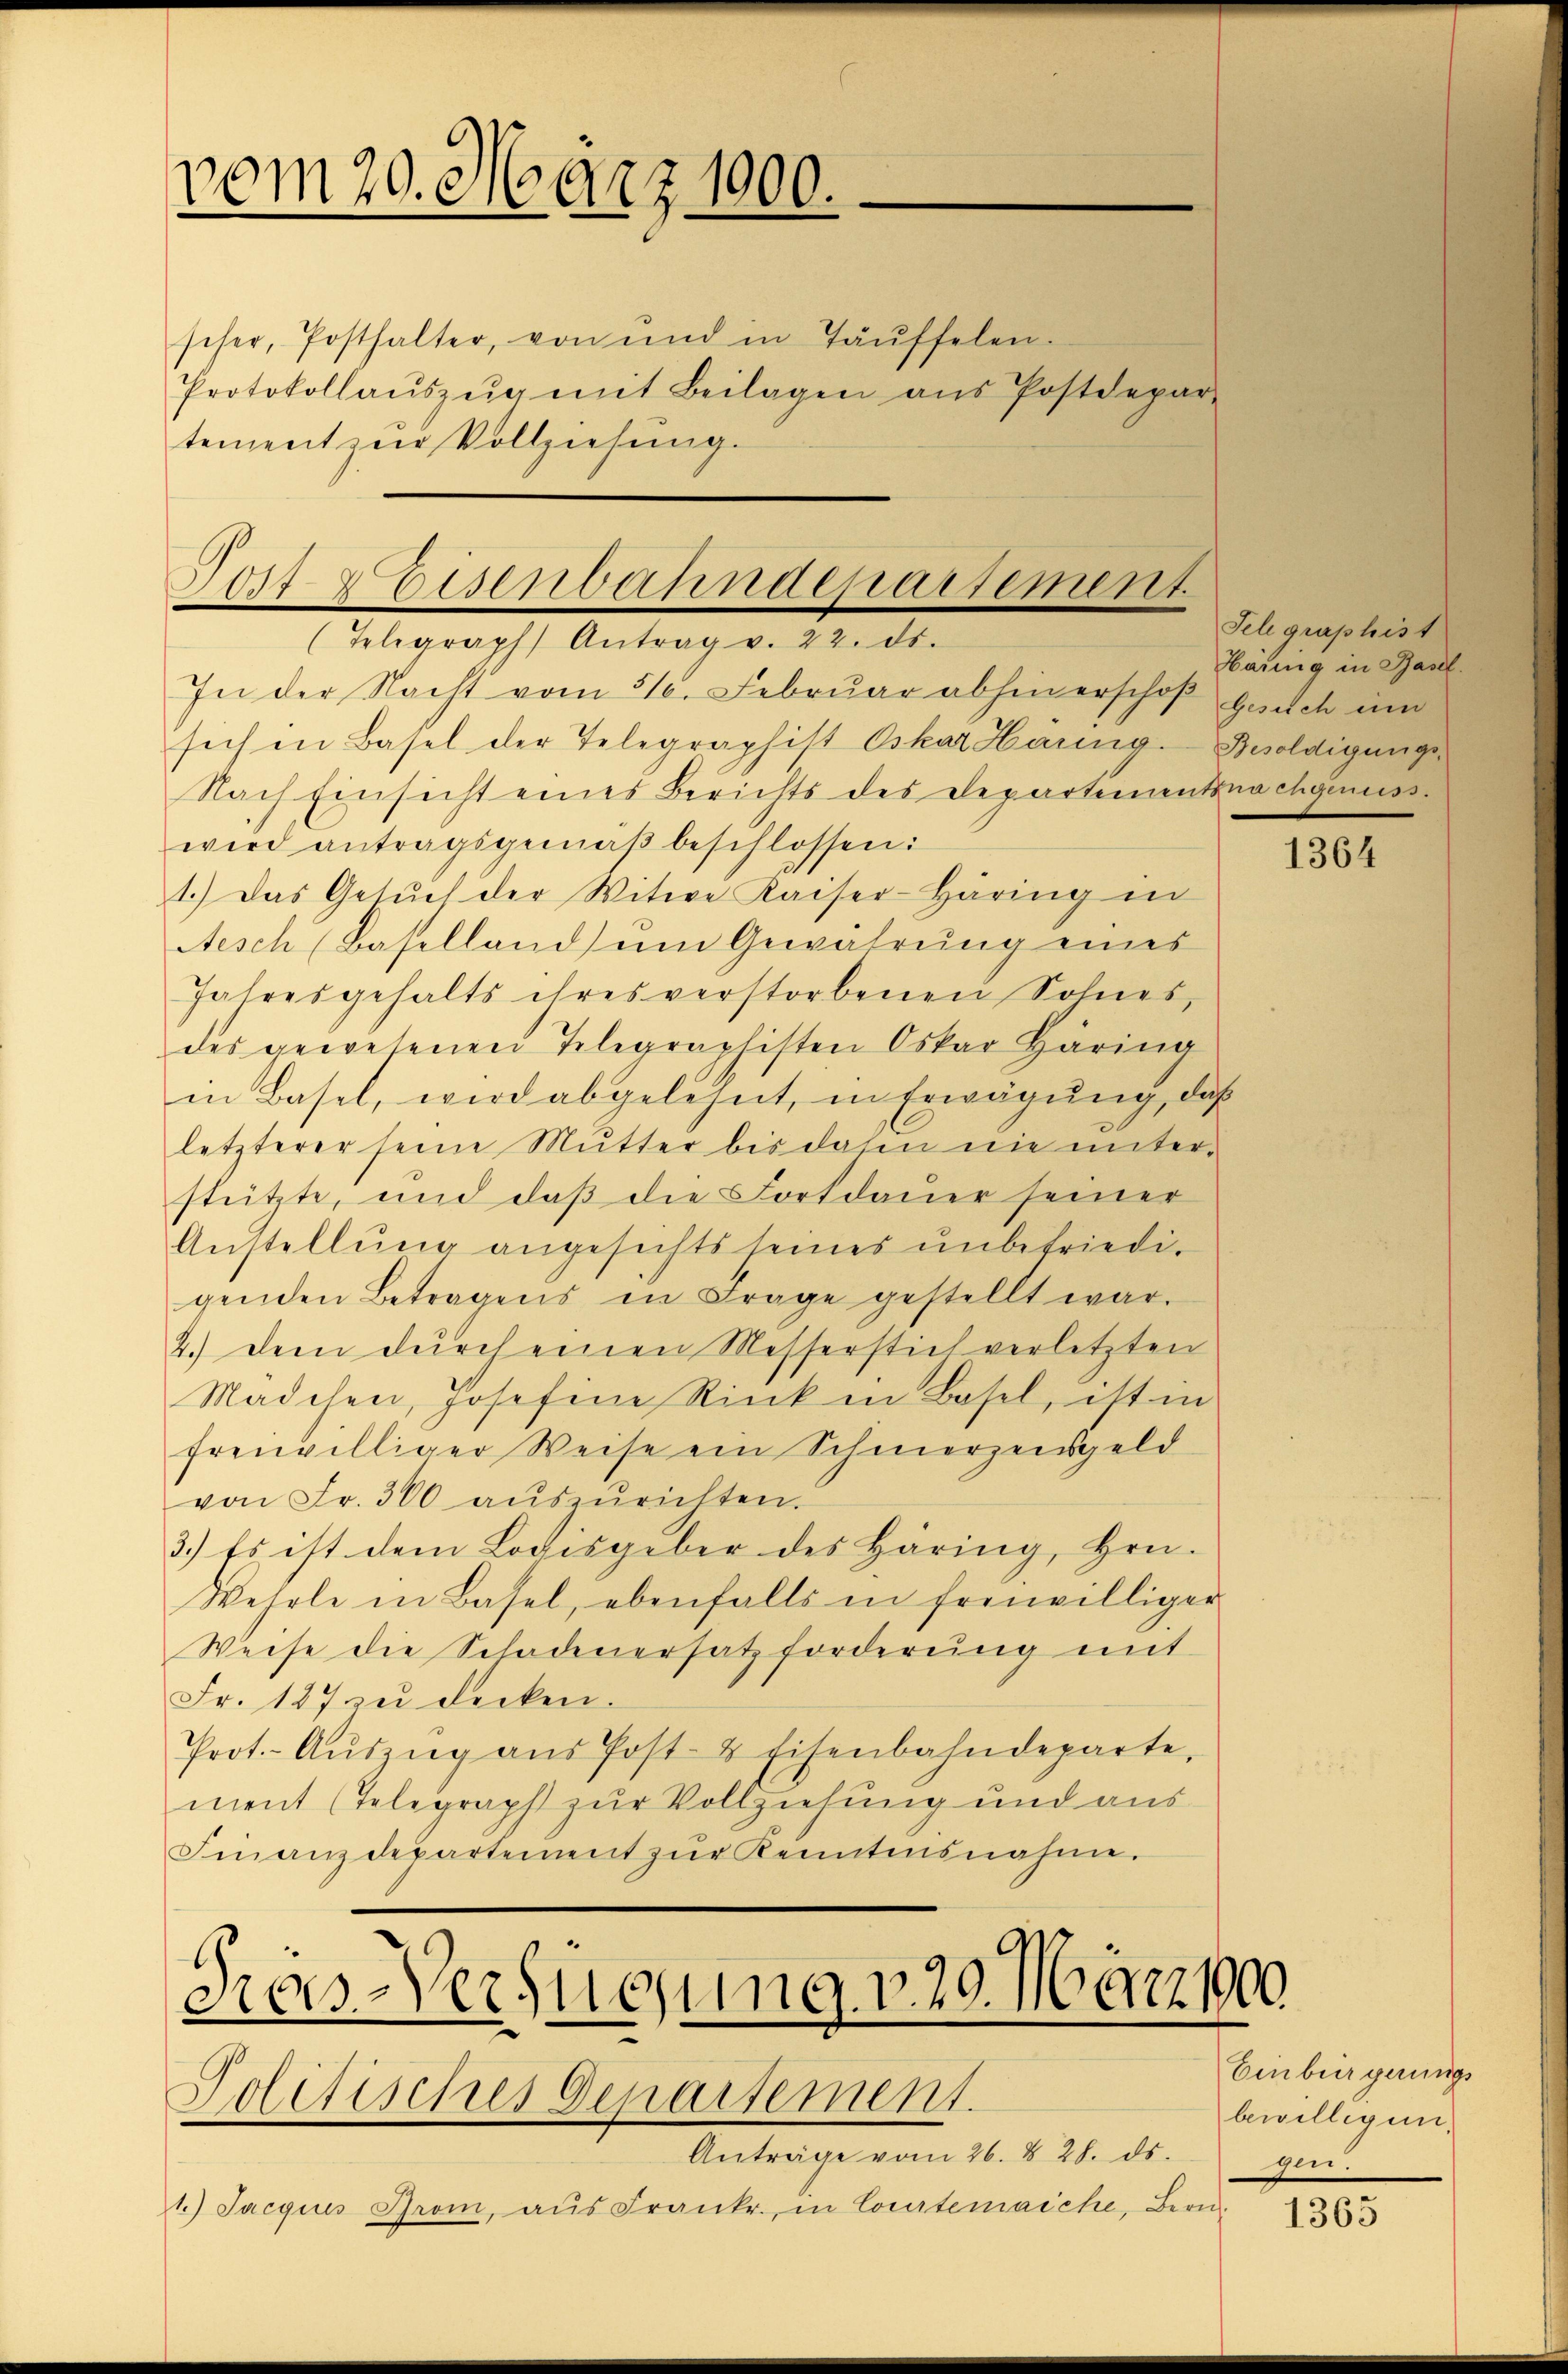
vom 20. März 1900.

scher, Posthalter, von und in Täŭffelen-
Protokollaŭszŭg mit Beilagen ans Postdepar-
tement zur Vollziehung.

Eisenbahndepartement
(Telegraph Antrag v. 22. ds.

In der Nacht vom 310. Febrŭar abhin erschoß gesuch um
sich in Basel der Telegraphist Oskar Haung. Besoldigungs¬
Nach Einsicht eines Berichts des Departement nachgenusswird antragsgemäβ beschlossen:
1.) Das Gesŭch der Witwe Kaiser-Häring in
Aesch (Baselland) um Gewährŭng eines
Jahresgehalts ihresverstorbenen Sohnes,
des gewesenen Telegraphisten Oskar Häring
in Basel, wird abgelehnt, in Erwägung, daß
letzterer seine Mutter bis dahin nie unterstützte, und daß die Fortdauer seiner
Anstellŭng angesichts seines ŭnbefriedi-
genden Betragens in Frage gestellt war.
2.) dem durch einen Messerstich verletzten
Mädchen, Josefine Rink in Basel, ist in
freiwilliger Weise ein Schmerzensgeld
von Fr. 300 aŭszŭrichten.
3.) Es ist dem Logisgeber des Häring, Hrn.
Wehrle in Basel, ebenfalls in freiwilliger
Weise die Schadenersatzforderŭng mit
Fr. 187 zu decken.
Prot. Aŭszŭg aŭs Post- & Eisenbahndeparte,
ment (Telegraph zur Vollziehung und aus
Finanzdepartement zŭr Kenntensnahme.

Anträge vom 26. 828. ds.
1.) Jacquus Brom, aŭs Frankr., in Courtenaiche, Bern.

Sebs-Verfügung v. 29. März 100
Politisches Departement.

Fel graphist
Häring in Basel.

1364

Einbürgerungs
bewilligun
gen.

1365